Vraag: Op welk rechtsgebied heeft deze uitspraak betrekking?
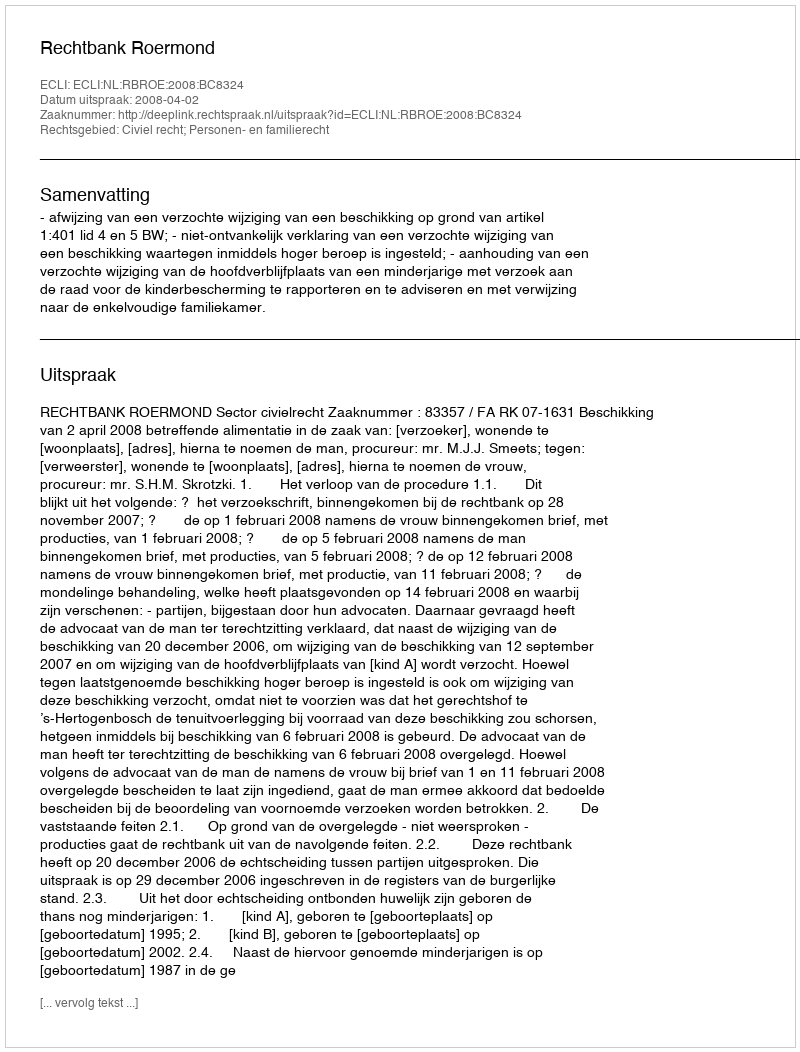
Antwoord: Civiel recht; Personen- en familierecht